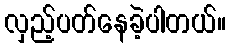
လှည့်ပတ်နေခဲ့ပါတယ်။